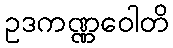
ဥဒကဏ္ဏဝေါတိ